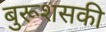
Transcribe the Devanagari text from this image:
बुरूशसकी